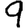
Digit: 9